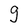
Character: g